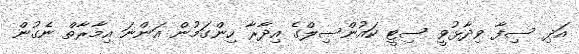
އަދި ސިފާ ވިދާޅުވީ ސިޓީ ކައުންސިލްގެ އިދާރާ ހިންގަމުން އަންނަ އިމާރާތް ނެގުން